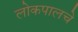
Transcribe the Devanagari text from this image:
लोकपालचे